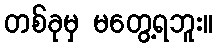
တစ်ခုမှ မတွေ့ရဘူး။